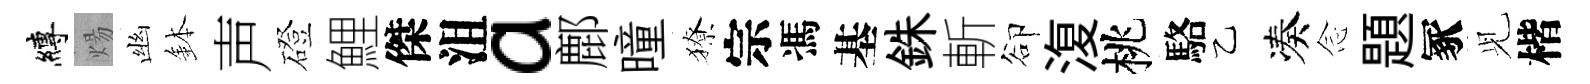
縛煬幽鉢声磴鯉傑沮a鄜曈獠宗馮基銖斬卻𣸪桃駱乙凑𫝹題冢𫤗楷